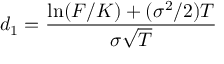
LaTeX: d _ { 1 } = { \frac { \ln ( F / K ) + ( \sigma ^ { 2 } / 2 ) T } { \sigma { \sqrt { T } } } }